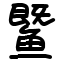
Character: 𬶨